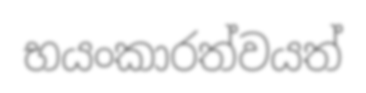
භයංකාරත්වයත්